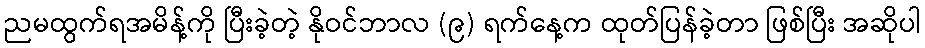
ညမထွက်ရအမိန့်ကို ပြီးခဲ့တဲ့ နိုဝင်ဘာလ (၉) ရက်နေ့က ထုတ်ပြန်ခဲ့တာ ဖြစ်ပြီး အဆိုပါ